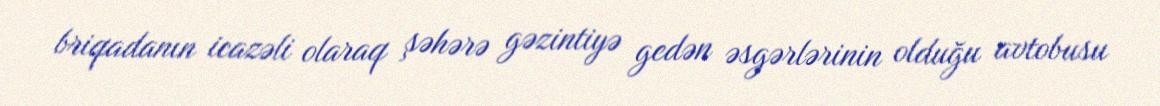
briqadanın icazəli olaraq şəhərə gəzintiyə gedən əsgərlərinin olduğu avtobusu